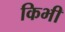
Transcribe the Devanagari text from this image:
किभी